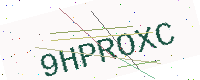
Text: 9HPROXC